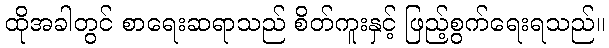
ထိုအခါတွင် စာရေးဆရာသည် စိတ်ကူးနှင့် ဖြည့်စွက်ရေးရသည်။